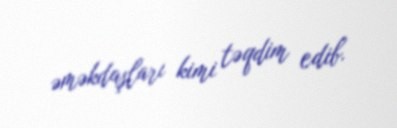
əməkdaşları kimi təqdim edib.